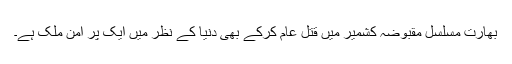
بھارت مسلسل مقبوضہ کشمیر میں قتل عام کرکے بھی دنیا کے نظر میں ایک پر امن ملک ہے۔